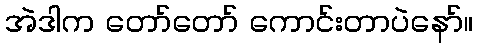
အဲဒါက တော်တော် ကောင်းတာပဲနော်။